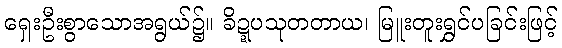
ရှေးဦးစွာသောအရွယ်၌။ ခိဍ္ဍပသုတတာယ၊ မြူးတူးရွှင်ပခြင်းဖြင့်